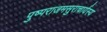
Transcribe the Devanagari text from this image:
पुष्पराजमसुराचार्यस्य